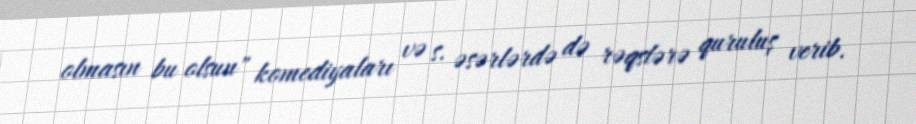
olmasın bu olsun" komediyaları və s. əsərlərdə də rəqslərə quruluş verib.